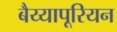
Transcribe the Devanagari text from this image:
बैय्यापूरियन